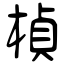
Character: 楨